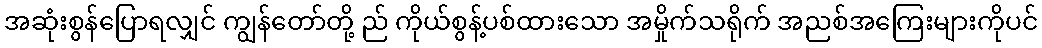
အဆုံးစွန်ပြောရလျှင် ကျွန်တော်တို့ ည် ကိုယ်စွန့်ပစ်ထားသော အမှိုက်သရိုက် အညစ်အကြေးများကိုပင်